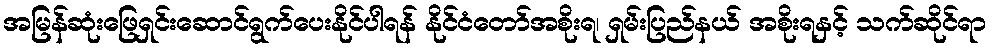
အမြန်ဆုံးဖြေရှင်းဆောင်ရွက်ပေးနိုင်ပါရန် နိုင်ငံတော်အစိုးရ၊ ရှမ်းပြည်နယ် အစိုးရနှင့် သက်ဆိုင်ရာ